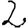
Digit: 2